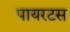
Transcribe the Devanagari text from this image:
पायरटस